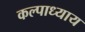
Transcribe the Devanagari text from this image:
कल्पाध्याय